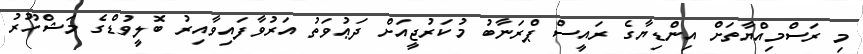
މި ރަސްމިއްޔާތަށް އިންޑިޔާގެ ރައީސް ޕްރަނާބު މުކަރުޖީއަށް ދަޢުވަތު އަރުވާފައިވާއިރު ބޮލީވުޑްގެ މަޝްހޫރު